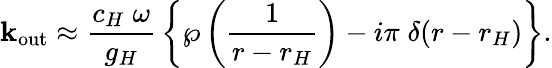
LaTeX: \mathbf{k}_{\mathrm{{out}}}\approx{\frac{{c_{H}\; \omega}}{{g_{H}}}}\left\{ \wp\left({\frac{{1}}{{r-r_{H}}}}\right)-i\pi\; \delta(r-r_{H})\right\} .